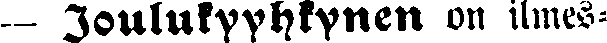
— Joulukyyhkynen on ilmes-